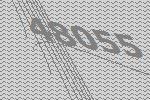
48055